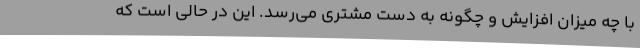
با چه میزان افزایش و چگونه به دست مشتری می‌رسد. این در حالی است که